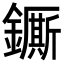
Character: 𨮭